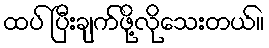
ထပ် ပြီးချက်ဖို့လိုသေးတယ်။